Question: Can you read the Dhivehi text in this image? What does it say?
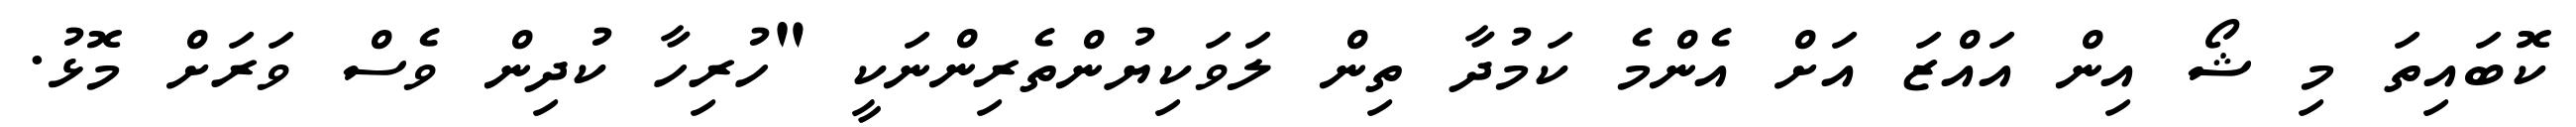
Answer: ކޮބައިތަ މި ޝޯ އިން އައްޒަ އަށް އެންމެ ކަމުދާ ތިން ލަވަކިޔުންތެރިންނަކީ "ހުރިހާ ކުދިން ވެސް ވަރަށް މޮޅު.